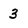
Character: 3